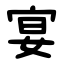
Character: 宴